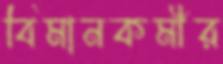
বিমানকর্মীর